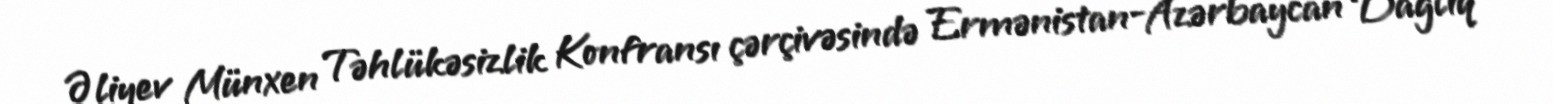
Əliyev Münxen Təhlükəsizlik Konfransı çərçivəsində Ermənistan-Azərbaycan Dağlıq